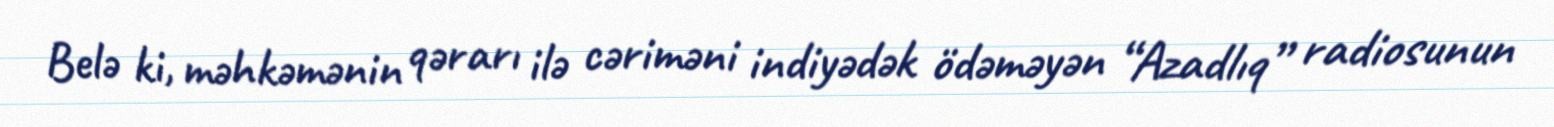
Belə ki, məhkəmənin qərarı ilə cəriməni indiyədək ödəməyən “Azadlıq” radiosunun